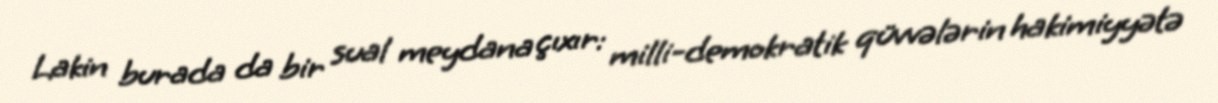
Lakin burada da bir sual meydana çıxır: milli-demokratik qüvvələrin hakimiyyətə